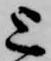
上